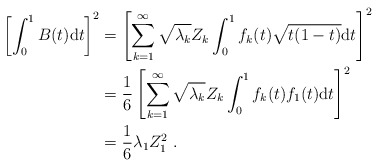
\begin{align*}\left[\int_0^1B(t)\mathrm{d}t\right]^2&=\left[\sum_{k=1}^{\infty}\sqrt{\lambda_k}Z_k\int_{0}^{1}f_k(t)\sqrt{t(1-t)}\mathrm{d}t\right]^2\\&=\frac{1}{6}\left[\sum_{k=1}^{\infty}\sqrt{\lambda_k}Z_k\int_{0}^{1}f_k(t)f_1(t)\mathrm{d}t\right]^2\\&=\frac{1}{6}\lambda_1 Z_1^2\ .\end{align*}